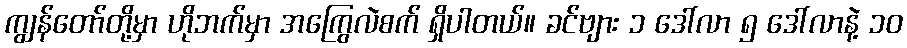
ကျွန်တော်တို့မှာ ဟိုဘက်မှာ အကြွေလဲစက် ရှိပါတယ်။ ခင်ဗျား ၁ ဒေါ်လာ ၅ ဒေါ်လာနဲ့ ၁၀